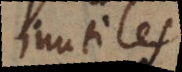
inutiles.